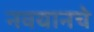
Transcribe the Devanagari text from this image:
नवयानचे